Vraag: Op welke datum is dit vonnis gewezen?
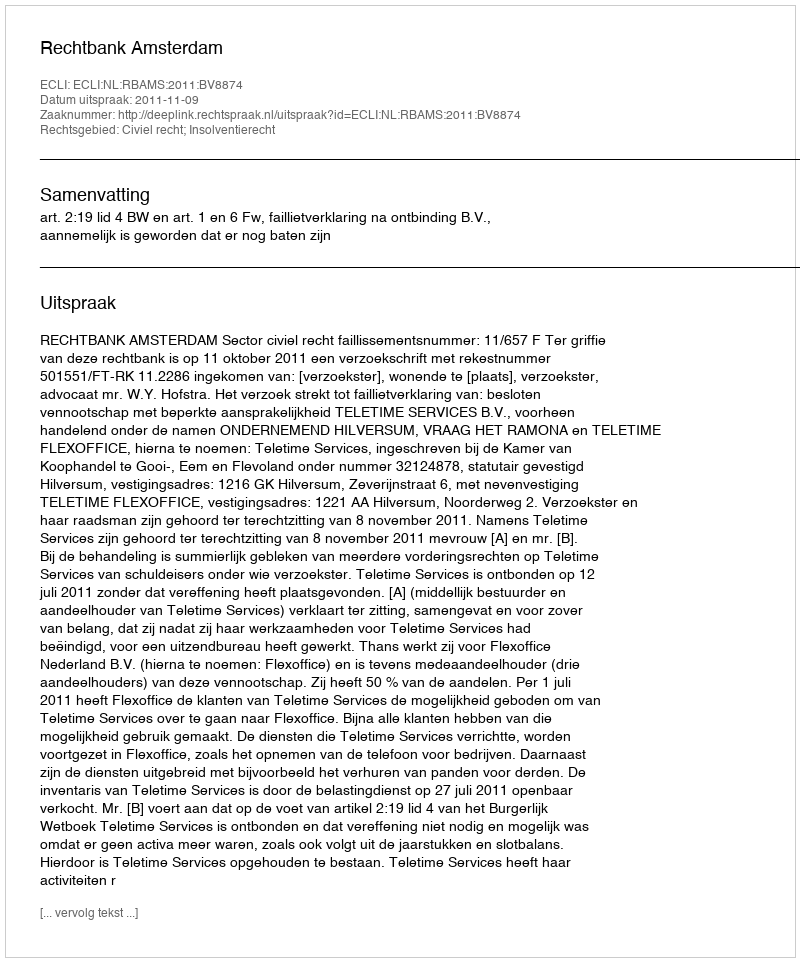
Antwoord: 2011-11-09